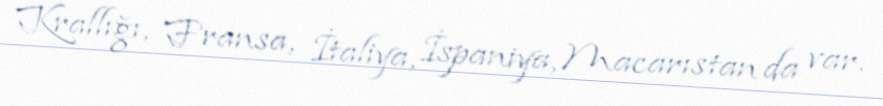
Krallığı, Fransa, İtaliya, İspaniya, Macarıstan da var.